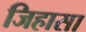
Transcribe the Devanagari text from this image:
जिहासा